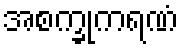
အစက္ခုကရဏံ